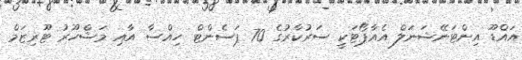
އައްޑޫ އިންޓަނޭޝަނަލް އެއާޕޯޓަކީ ސަރުކާރުގެ 70 ޕަސެންޓް ހިއްސާ އާއި މަޝްހޫރު ޓޫރިޒަމް